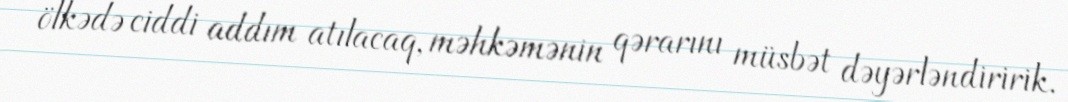
ölkədə ciddi addım atılacaq, məhkəmənin qərarını müsbət dəyərləndiririk.